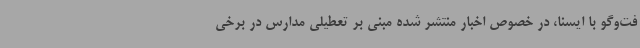
فت‌وگو با ایسنا، در خصوص اخبار منتشر شده مبنی بر تعطیلی مدارس در برخی